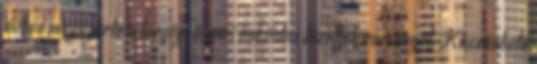
évben megnyerte a térségi üzemi önkéntes tűzoltók versenyét. Köszönhető